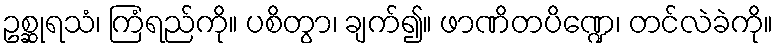
ဥစ္ဆုရသံ၊ ကြံရည်ကို။ ပစိတွာ၊ ချက်၍။ ဖာဏိတပိဏ္ဍေ၊ တင်လဲခဲကို။